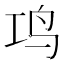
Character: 𬷾